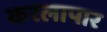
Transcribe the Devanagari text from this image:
करलापार